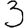
Digit: 3